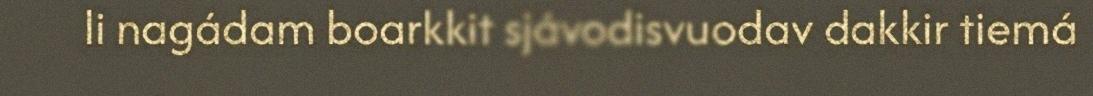
li nagádam boarkkit sjávodisvuodav dakkir tiemá